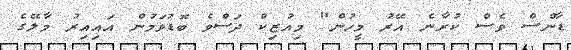
ޑާންސް ވެސް ކުރާނެ އޭރު މީހުން" މިއުޒިކް ދަސްވެ ބޮޑުވަމުން އައިއިރު މާލޭގެ